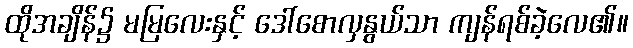
ထိုအချိန်၌ မမြလေးနှင့် ဒေါ်စောလှနွယ်သာ ကျန်ရစ်ခဲ့လေ၏။